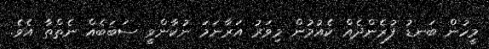
މީހުން ބަނޑު ފުރެންދެއް ކެއުމުން މިވަރު އަރާނަމަ ނުކާންވީ ސަބަބެއް ނެތްތާ އެވެ.